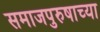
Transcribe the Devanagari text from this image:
समाजपुरुषाच्या